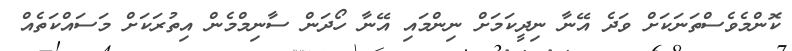
ކޮންމެވެސްތަނަކަށް ވަދެ އޭނާ ނިދީކަމަށް ނިންމައި އޭނާ ހޯދަން ސާނިމްމެން އިތުރަކަށް މަސައްކަތެއް